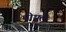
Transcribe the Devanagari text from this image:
मोयले